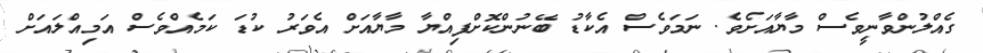
ގެއްލުންވާނީވެސް މާޔާއަށެވެ. ނަމަވެސް އެކާޑު ބޭނުންކޮށްފިއްޔާ މާޔާއަށް އެވަރު ކުޑަ ކަމެއްވެސް އަމިއްލައަށް